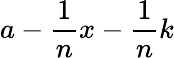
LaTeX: a-{\frac{1}{n}}x-{\frac{1}{n}}k